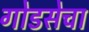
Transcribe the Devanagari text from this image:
गोडसेचा